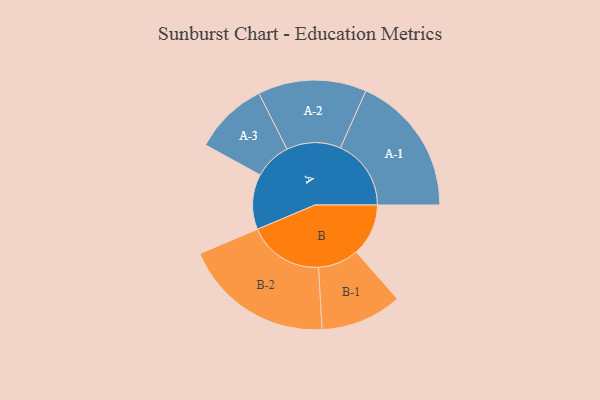
{"axis": {"x": "Segment", "y": "Value"}, "legend": ["", "A", "B"], "data": [{"x": "A", "y": 212, "type": ""}, {"x": "B", "y": 200, "type": ""}, {"x": "A-1", "y": 271, "type": "A"}, {"x": "A-2", "y": 208, "type": "A"}, {"x": "A-3", "y": 142, "type": "A"}, {"x": "B-1", "y": 156, "type": "B"}, {"x": "B-2", "y": 289, "type": "B"}]}